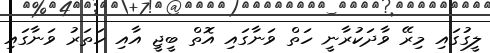
ލީގުގައި މިރޭ ވާދަކުރާނީ ހަތް ވަނާގައި އޮތް ބީޖީ އާއި ހަތަރު ވަނާގައި